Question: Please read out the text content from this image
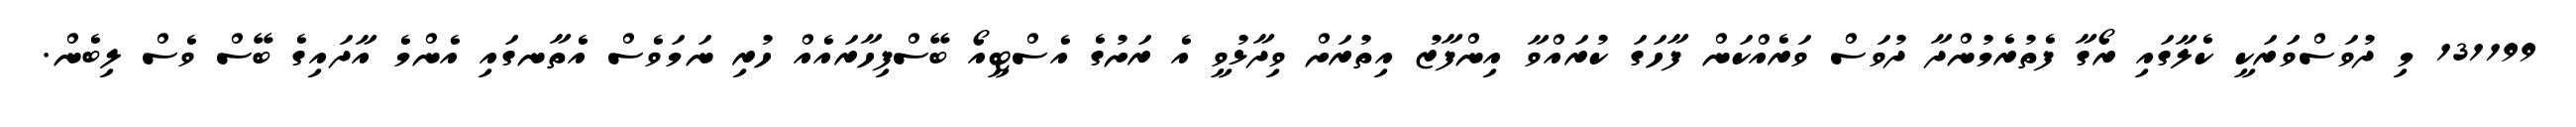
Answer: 131199 މި ދުވަސްވަރަކީ ކެލާގައި ރޯގާ ފެތުރެމުންދާ ދުވަސް ވަރެއްކަން ފާހަގަ ކުރައްވާ އިންފާޒު އިތުރަށް ވިދާޅުވީ އެ ރަށުގެ އެސްޓީއޯ ބޭސްފިހާރައެއް ހުރި ނަމަވެސް އެތާނގައި އެންމެ އާދައިގެ ބޭސް ވެސް ލިބެން.